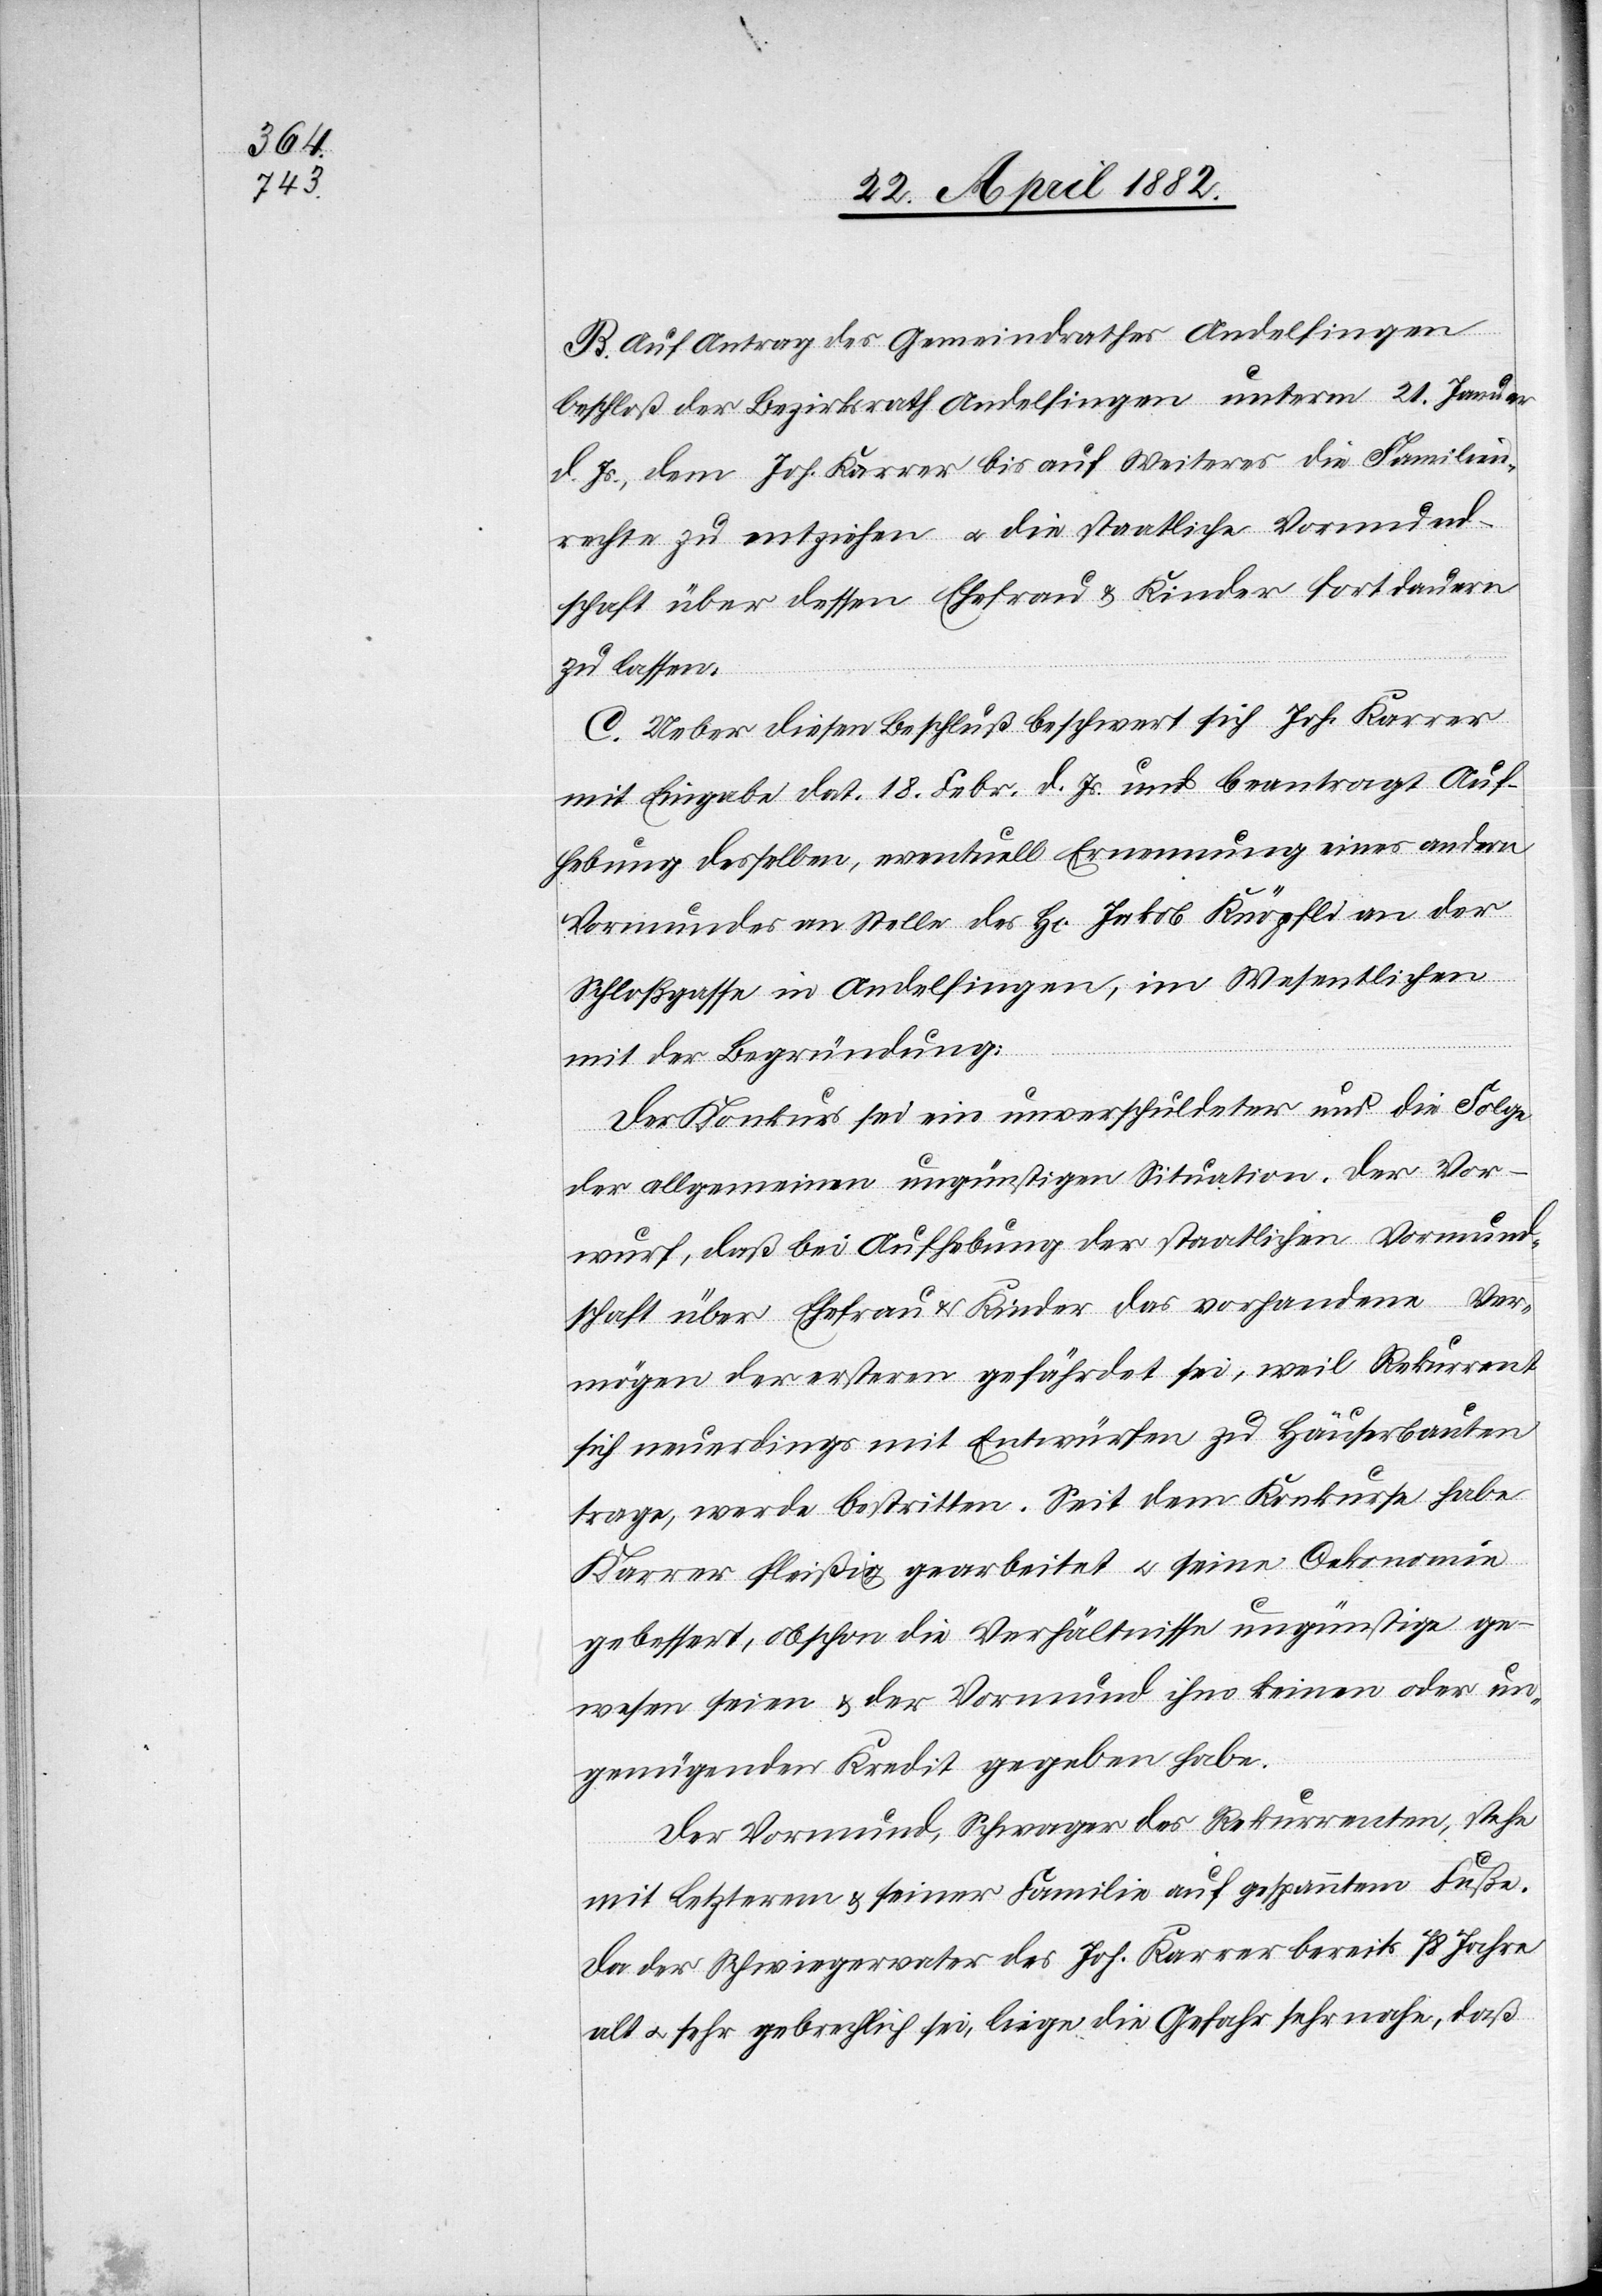
B. Auf Antrag des Gemeindrathes Andelfingen
beschloß der Bezirksrath Andelfingen unterm 21. Januar
d. Js. dem Joh. Karrer bis auf Weiteres die Familien¬
rechte zu entziehen u. die staatliche Vormund¬
schaft über dessen Ehefrau & Kinder fortdauern
zu lassen.
C. Ueber diesen Beschluß beschwert sich Joh. Karrer
mit Eingabe dat. 18. Febr. d. Js. und beantragt Auf¬
hebung desselben, eventuell Ernennung eines andern
Vormundes an Stelle des H[rn]. Jakob Knöpfli an der
Schloßgasse in Andelfingen, im Wesentlichen
mit der Begründung:
Der Konkurs sei ein unverschuldeter und die Folge
der allgemeinen ungünstigen Situation. Der Vor¬
wurf, daß bei Aufhebung der staatlichen Vormund¬
schaft über Ehefrau & Kinder das vorhandene Ver¬
mögen der ersteren gefährdet sei, weil Rekurrent
sich neuerdings mit Entwürfen zu Häuserbauten
trage, werde bestritten. Seit dem Konkurse habe
Karrer fleißig gearbeitet u. seine Oekonomie
gebessert, obschon die Verhältnisse ungünstige ge¬
wesen seien & der Vormund ihm keinen oder un¬
genügenden Kredit gegeben habe.
Der Vormund, Schwager des Rekurrenten, stehe
mit letzterem & seiner Familie auf gespanntem Fuße.
Da der Schwiegervater des Joh. Karrer bereits 78 Jahre
alt u. gebrechlich sei, liege die Gefahr sehr nahe, daß